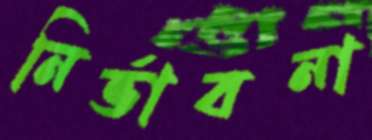
নির্ভাবনা